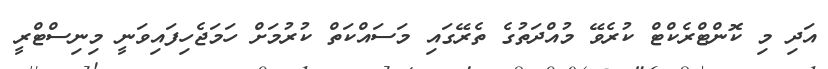
އަދި މި ކޮންޓްރެކްޓް ކުރެވޭ މުއްދަތުގެ ތެރޭގައި މަސައްކަތް ކުރުމަށް ހަމަޖެހިފައިވަނީ މިނިސްޓްރީ